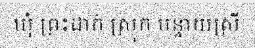
ឃុំ ព្រះដាក់ ស្រុក បន្ទាយស្រី